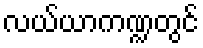
လယ်ယာကဏ္ဍတွင်